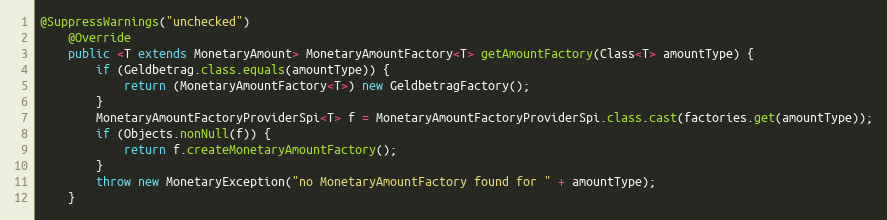
Language: Java
@SuppressWarnings("unchecked")
    @Override
    public <T extends MonetaryAmount> MonetaryAmountFactory<T> getAmountFactory(Class<T> amountType) {
        if (Geldbetrag.class.equals(amountType)) {
            return (MonetaryAmountFactory<T>) new GeldbetragFactory();
        }
        MonetaryAmountFactoryProviderSpi<T> f = MonetaryAmountFactoryProviderSpi.class.cast(factories.get(amountType));
        if (Objects.nonNull(f)) {
            return f.createMonetaryAmountFactory();
        }
        throw new MonetaryException("no MonetaryAmountFactory found for " + amountType);
    }